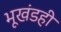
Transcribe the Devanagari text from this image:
भूखंडही